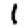
Digit: 1